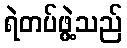
ရဲတပ်ဖွဲ့သည်